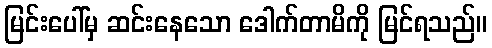
မြင်းပေါ်မှ ဆင်းနေသော ဒေါက်တာမိကို မြင်ရသည်။